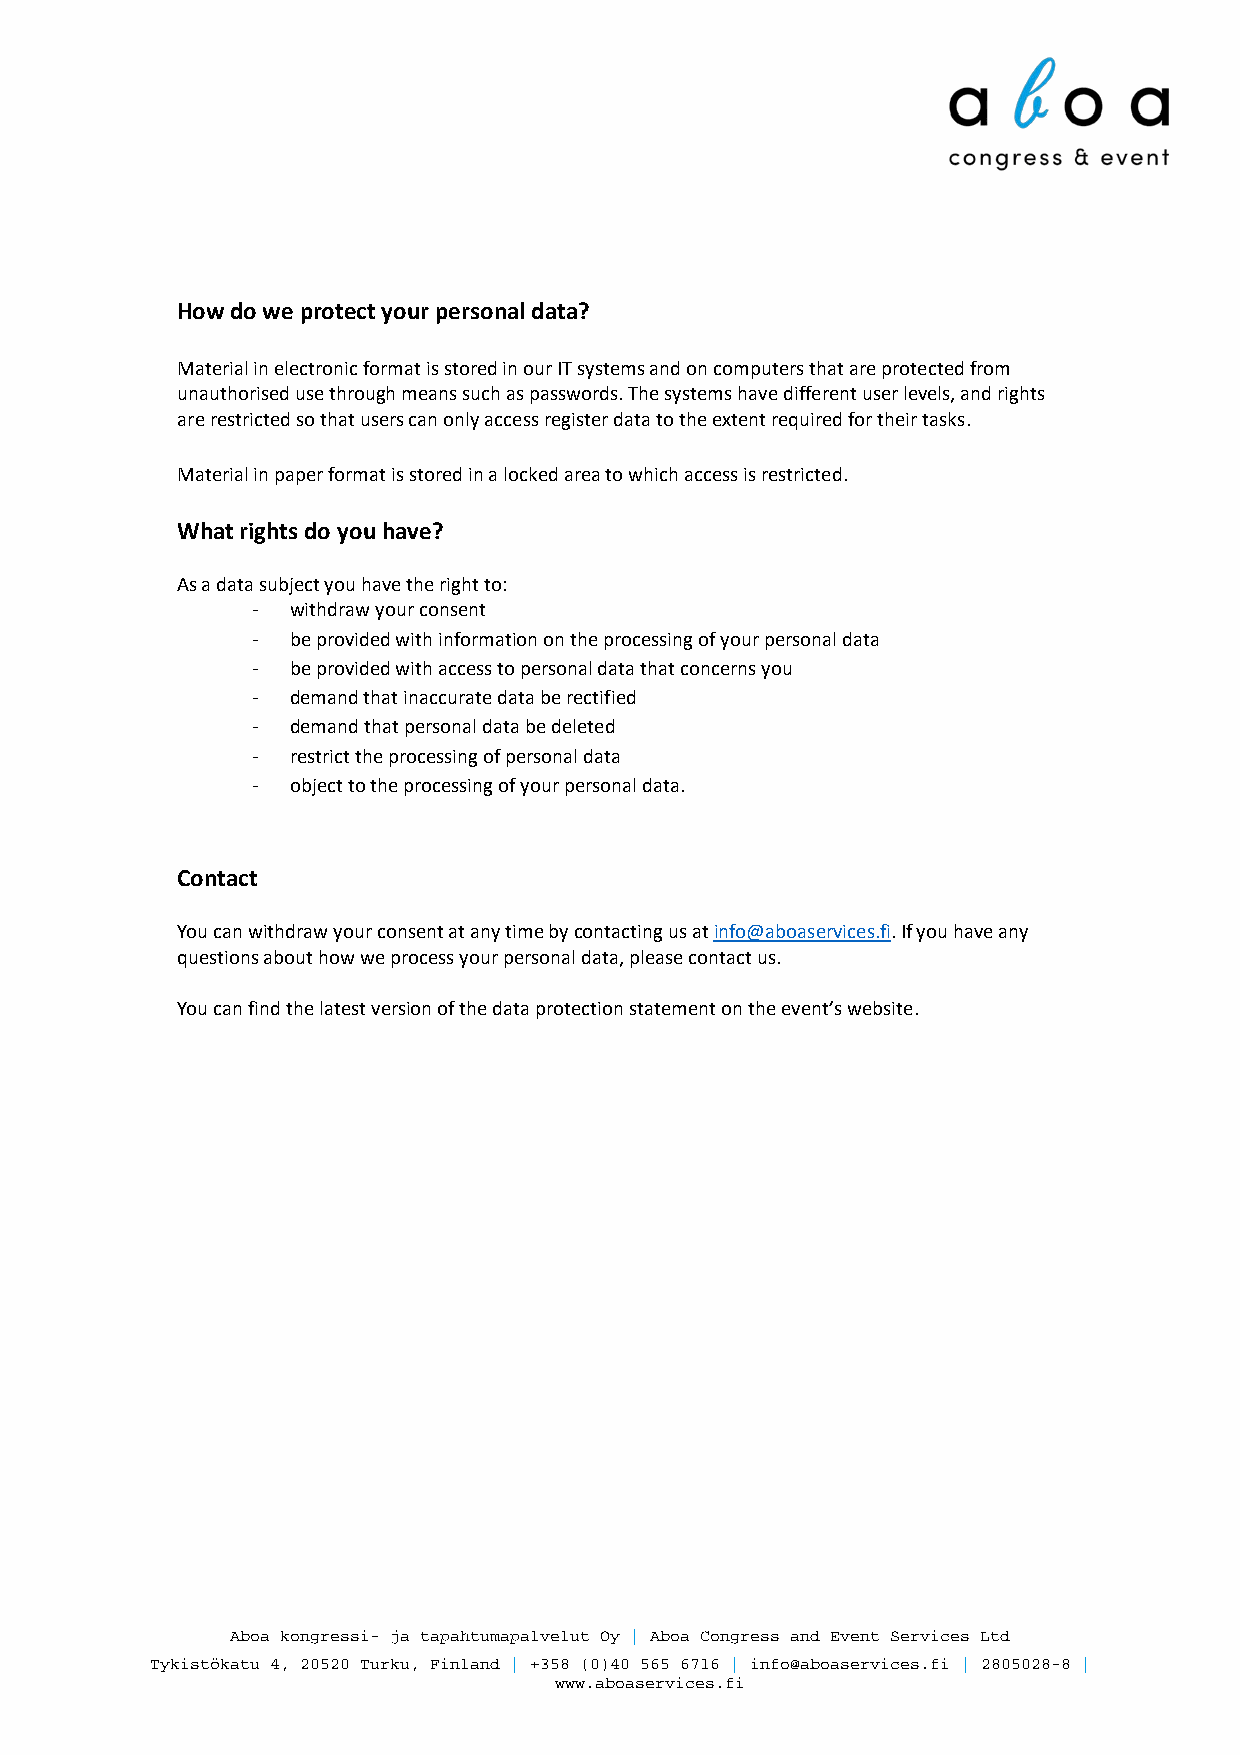
How do we protect your personal data?
 Material in electronic format is stored in our IT systems and on computers that are protected from
 unauthorised use through means such as passwords. The systems have different user levels, and rights
 are restricted so that users can only access register data to the extent required for their tasks.
 Material in paper format is stored in a locked area to which access is restricted.
 What rights do you have?
 As a data subject you have the right to:
 - withdraw your consent
 - be provided with information on the processing of your personal data
 - be provided with access to personal data that concerns you
 - demand that inaccurate data be rectified
 - demand that personal data be deleted
 - restrict the processing of personal data
 - object to the processing of your personal data.
 Contact
 You can withdraw your consent at any time by contacting us at info@aboaservices.fi. If you have any
 questions about how we process your personal data, please contact us.
 You can find the latest version of the data protection statement on the event’s website.
 Aboa kongressi- ja tapahtumapalvelut Oy | Aboa Congress and Event Services Ltd
 Tykistökatu 4, 20520 Turku, Finland | +358 (0)40 565 6716 | info@aboaservices.fi | 2805028-8 |
 www.aboaservices.fi